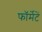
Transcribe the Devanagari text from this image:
फॉर्मेटें